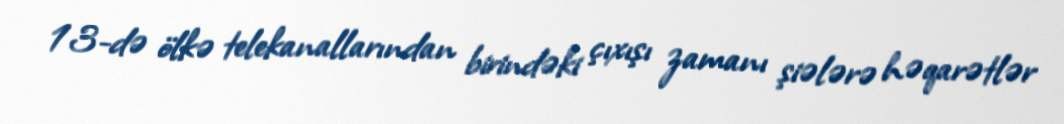
13-də ölkə telekanallarından birindəki çıxışı zamanı şiələrə həqarətlər